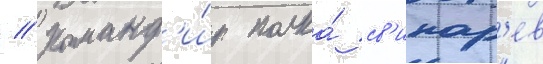
// Команд'и́р полка́ св'инар'ев